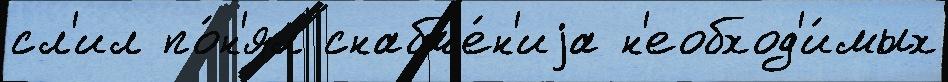
сл'ил по́н'ял снабже́н'иjа н'еобход'и́мых